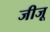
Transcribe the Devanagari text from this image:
जीजू